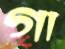
গা